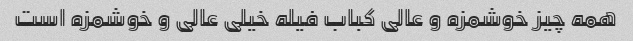
همه چیز خوشمزه و عالی کباب فیله خیلی عالی و خوشمزه است